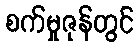
စက်မှုဇုန်တွင်